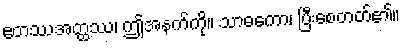
ဧတဿအတ္ထဿ၊ ဤအနက်ကို။ သာဓကော၊ ပြီးစေတတ်၏။